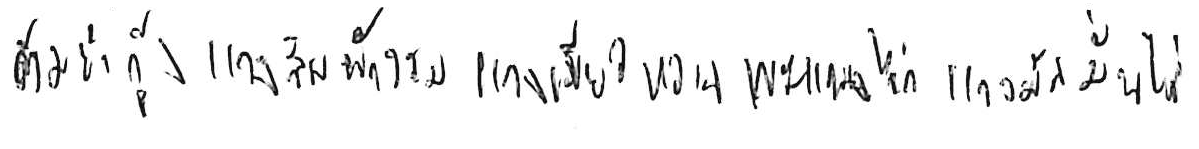
ต้มยำกุ้ง แกงส้มผักรวม แกงเขียวหวาน พะแนงไก่ แกงมัสมั่นไก่